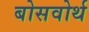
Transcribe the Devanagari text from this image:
बोसवोर्थ